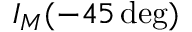
I _ { M } ( - 4 5 \deg )